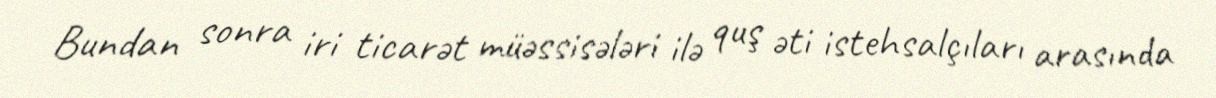
Bundan sonra iri ticarət müəssisələri ilə quş əti istehsalçıları arasında